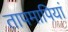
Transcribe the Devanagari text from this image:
तापमापियां